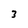
Character: 3